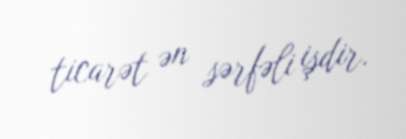
ticarət ən sərfəli işdir.